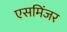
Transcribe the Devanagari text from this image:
एसमिंजर